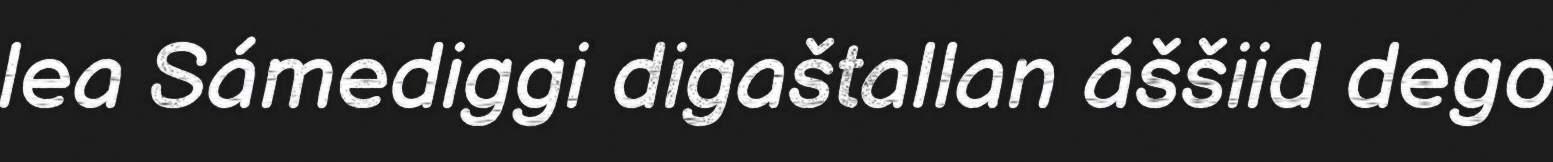
lea Sámediggi digaštallan áššiid dego